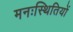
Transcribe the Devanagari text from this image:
मनःस्थितियों